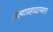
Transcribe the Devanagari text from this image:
सत्याग्रहादरम्यान